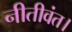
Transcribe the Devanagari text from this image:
नीतीवंत।